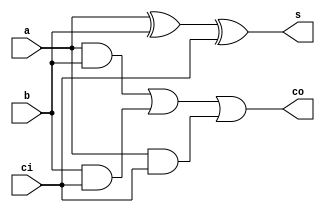
module adder_1bit(a, b, ci, s, co);
	// port declaration
	input wire a,b,ci;
	output wire s,co;//co is carry
	and (c1,a,b), (c2,b,ci), (c3,a,ci);
	xor (s1,a,b), (s,s1,ci);
	or (co,c1,c2,c3);
//logical analysis omitted
endmodule